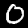
Digit: 0